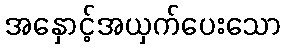
အနှောင့်အယှက်ပေးသော